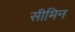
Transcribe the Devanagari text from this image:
सीमिन